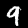
Label: 9